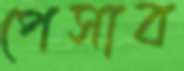
পেসাব